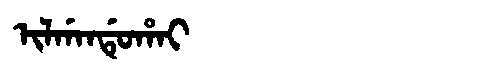
Manchu: ᡳᠯᡤᠠᠨᡩᡠᡥᠠᡳ
Romanization: ILGANDUHAI